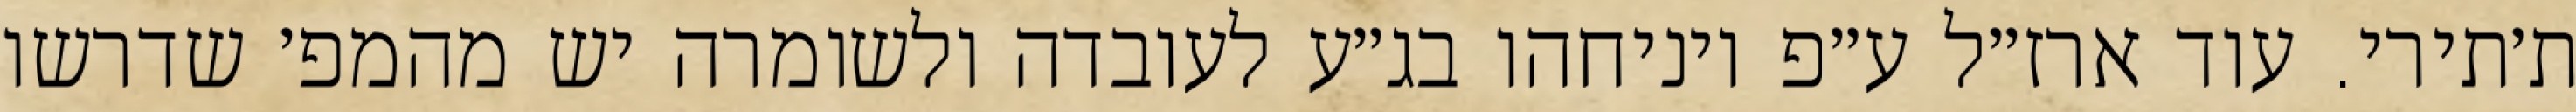
ת׳תירי. עוד ארז״ל ע״פ ויניחהו בג״ע לעובדה ולשומרה יש מהמפ׳ שדרשו